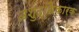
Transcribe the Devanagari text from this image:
अशुद्धिकारक